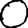
Digit: 0